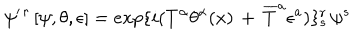
LaTeX: \psi ^ { \prime \, r \, } [ \psi , \theta , \epsilon ] = e x p \{ i ( T ^ { \alpha } \theta ^ { \alpha } ( x ) \, + \, { \overline { { T } } } ^ { a } \epsilon ^ { a } ) \} _ { s } ^ { r } \, \psi ^ { s }